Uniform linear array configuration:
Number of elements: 12
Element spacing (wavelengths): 0.5
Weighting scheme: hann
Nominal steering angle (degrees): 60
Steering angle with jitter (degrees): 59.925
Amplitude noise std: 0.05
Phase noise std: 0.05

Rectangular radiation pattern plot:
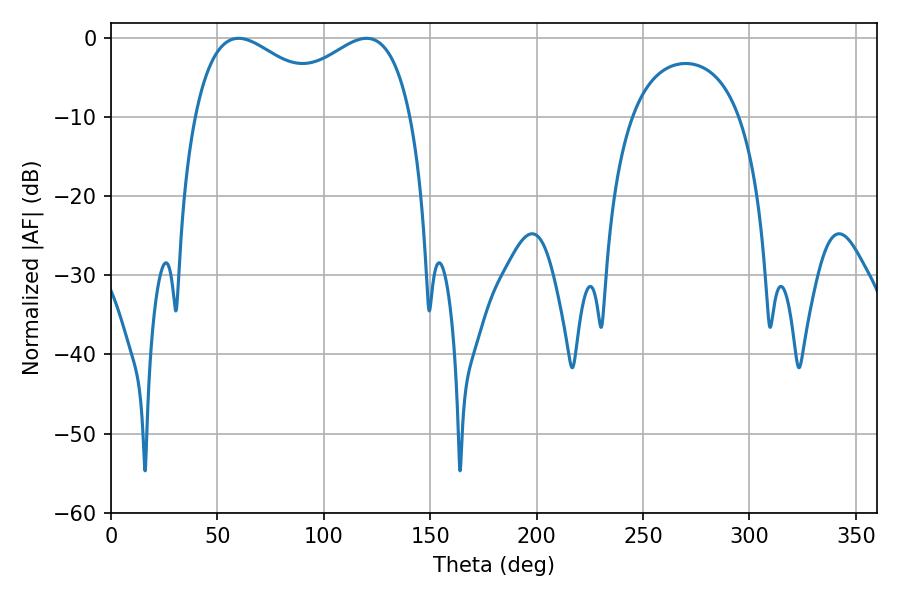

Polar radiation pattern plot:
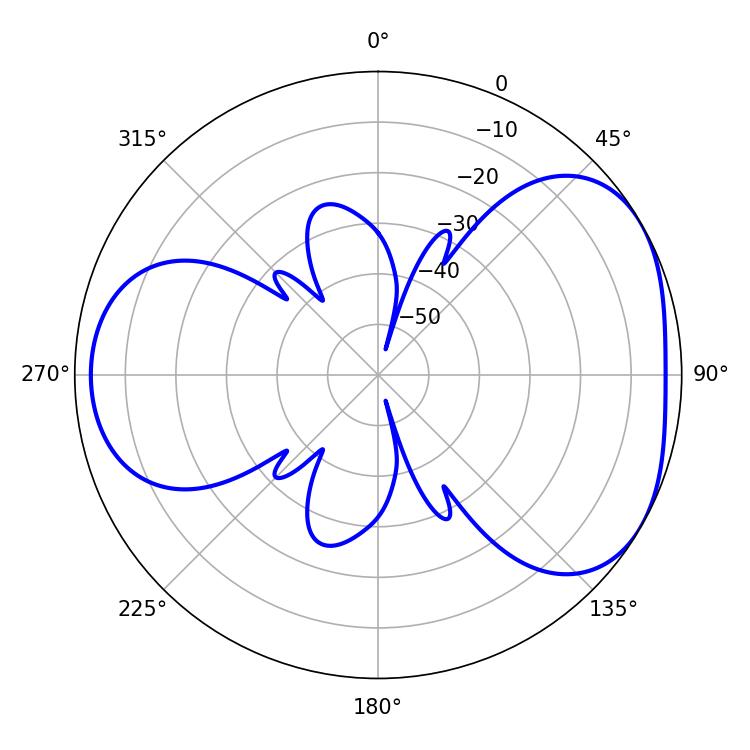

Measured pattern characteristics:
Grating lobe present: FALSE
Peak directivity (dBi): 4.243
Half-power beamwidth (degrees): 37.62
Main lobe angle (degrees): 59.94